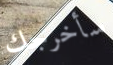
سأخرجك